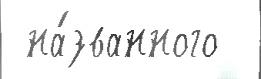
 на́званного